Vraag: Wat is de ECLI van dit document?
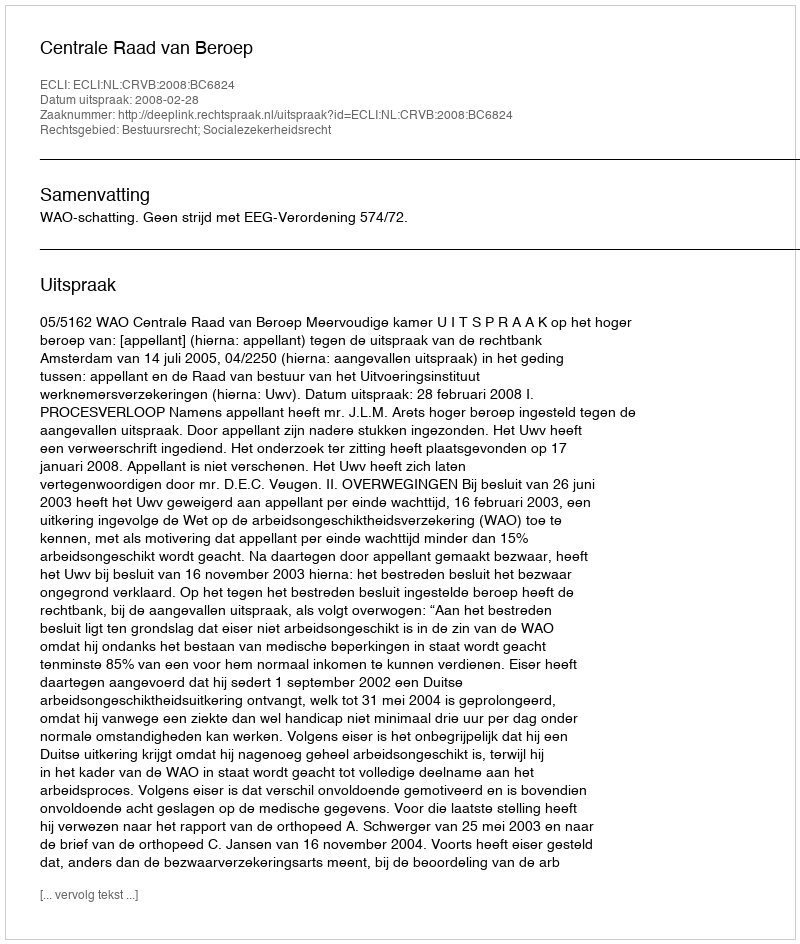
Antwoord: ECLI:NL:CRVB:2008:BC6824